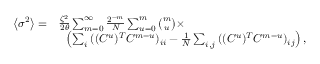
\begin{array} { r l } { \left\langle \sigma ^ { 2 } \right\rangle = } & { \frac { \zeta ^ { 2 } } { 2 \theta } \sum _ { m = 0 } ^ { \infty } \frac { 2 ^ { - m } } { N } \sum _ { u = 0 } ^ { m } \binom { m } { u } \times } \\ & { \ \ \left( \sum _ { i } { ( ( C ^ { u } ) ^ { T } C ^ { m - u } ) _ { i i } } - \frac { 1 } { N } \sum _ { i , j } { ( ( C ^ { u } ) ^ { T } C ^ { m - u } ) _ { i j } } \right) , } \end{array}